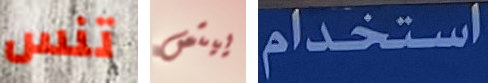
تنس ييتس استخدام